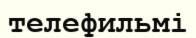
телефильмі